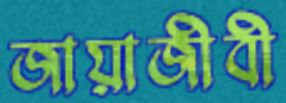
জায়াজীবী